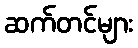
ဆက်တင်များ